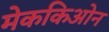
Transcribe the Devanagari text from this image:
मेककिओन